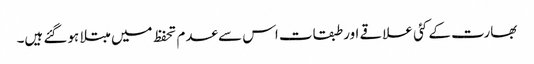
بھارت کے کئی علاقے اور طبقات اس سے عدم تحفظ میں مبتلا ہوگئے ہیں۔